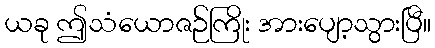
ယခု ဤသံယောဇဉ်ကြိုး အားပျော့သွားပြီ။